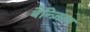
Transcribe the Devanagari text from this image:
बैन्ज़िगर